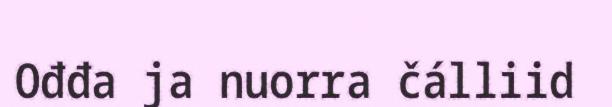
Ođđa ja nuorra čálliid